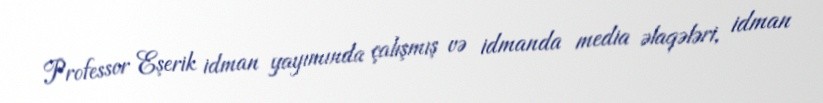
Professor Eşerik idman yayımında çalışmış və idmanda media əlaqələri, idman